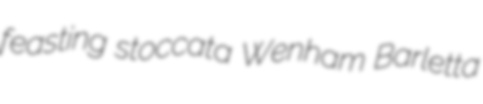
feasting stoccata Wenham Barletta